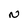
Character: N